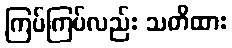
ကြပ်ကြပ်လည်း သတိထား